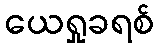
ယေရှုခရစ်